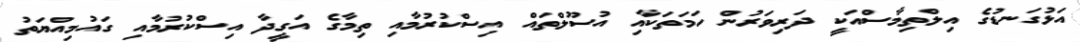
އަޅުގަނޑުގެ އިލްތިމާސްއަކީ ދަރިވަރުން ހަމަތަކާއި އުސޫލްތައް އިސްކުރުމާއި ތިމާގެ އަގީދާ އިސްކުރުމާއި ގައުމިއްޔަތު